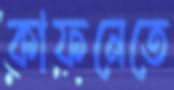
কাফনেতে